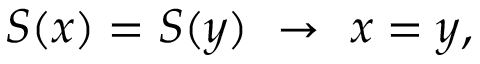
S ( x ) = S ( y ) ~ \to ~ x = y ,